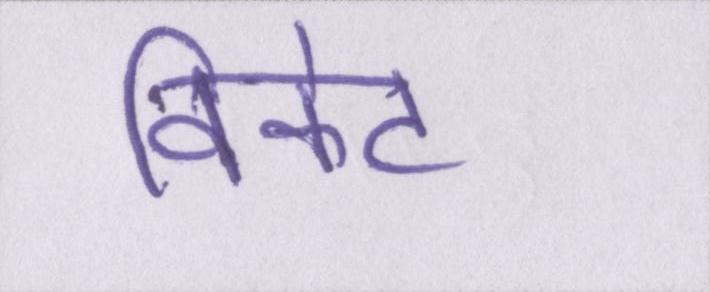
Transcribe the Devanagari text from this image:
विकेट